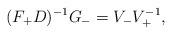
LaTeX: \begin{align*} (F_{+}D)^{-1} G_{-} = V_{-} V_{+}^{-1},\end{align*}